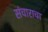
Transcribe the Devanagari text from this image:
संचाराचा